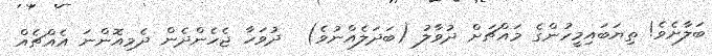
ބަލާށެވެ! ތިޔަބައިމީހުންގެ މައްޗަށް ދުވާލު (ބަދަލެއްނުވެ)  ދުވަހާ ޖެހެންދެން ދެމިއޮންނަ އެއްޗެއް